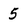
Character: 5